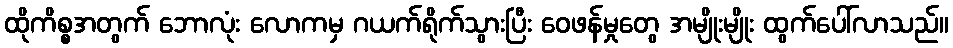
ထိုကိစ္စအတွက် ဘောလုံး လောကမှ ဂယက်ရိုက်သွားပြီး ဝေဖန်မှုတွေ အမျိုးမျိုး ထွက်ပေါ်လာသည်။